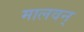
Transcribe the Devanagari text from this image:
मालवन्